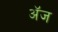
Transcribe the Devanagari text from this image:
अॅज